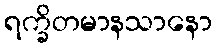
ရက္ခိတမာနသာနော